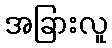
အခြားလူ